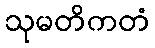
သုမတိကတံ